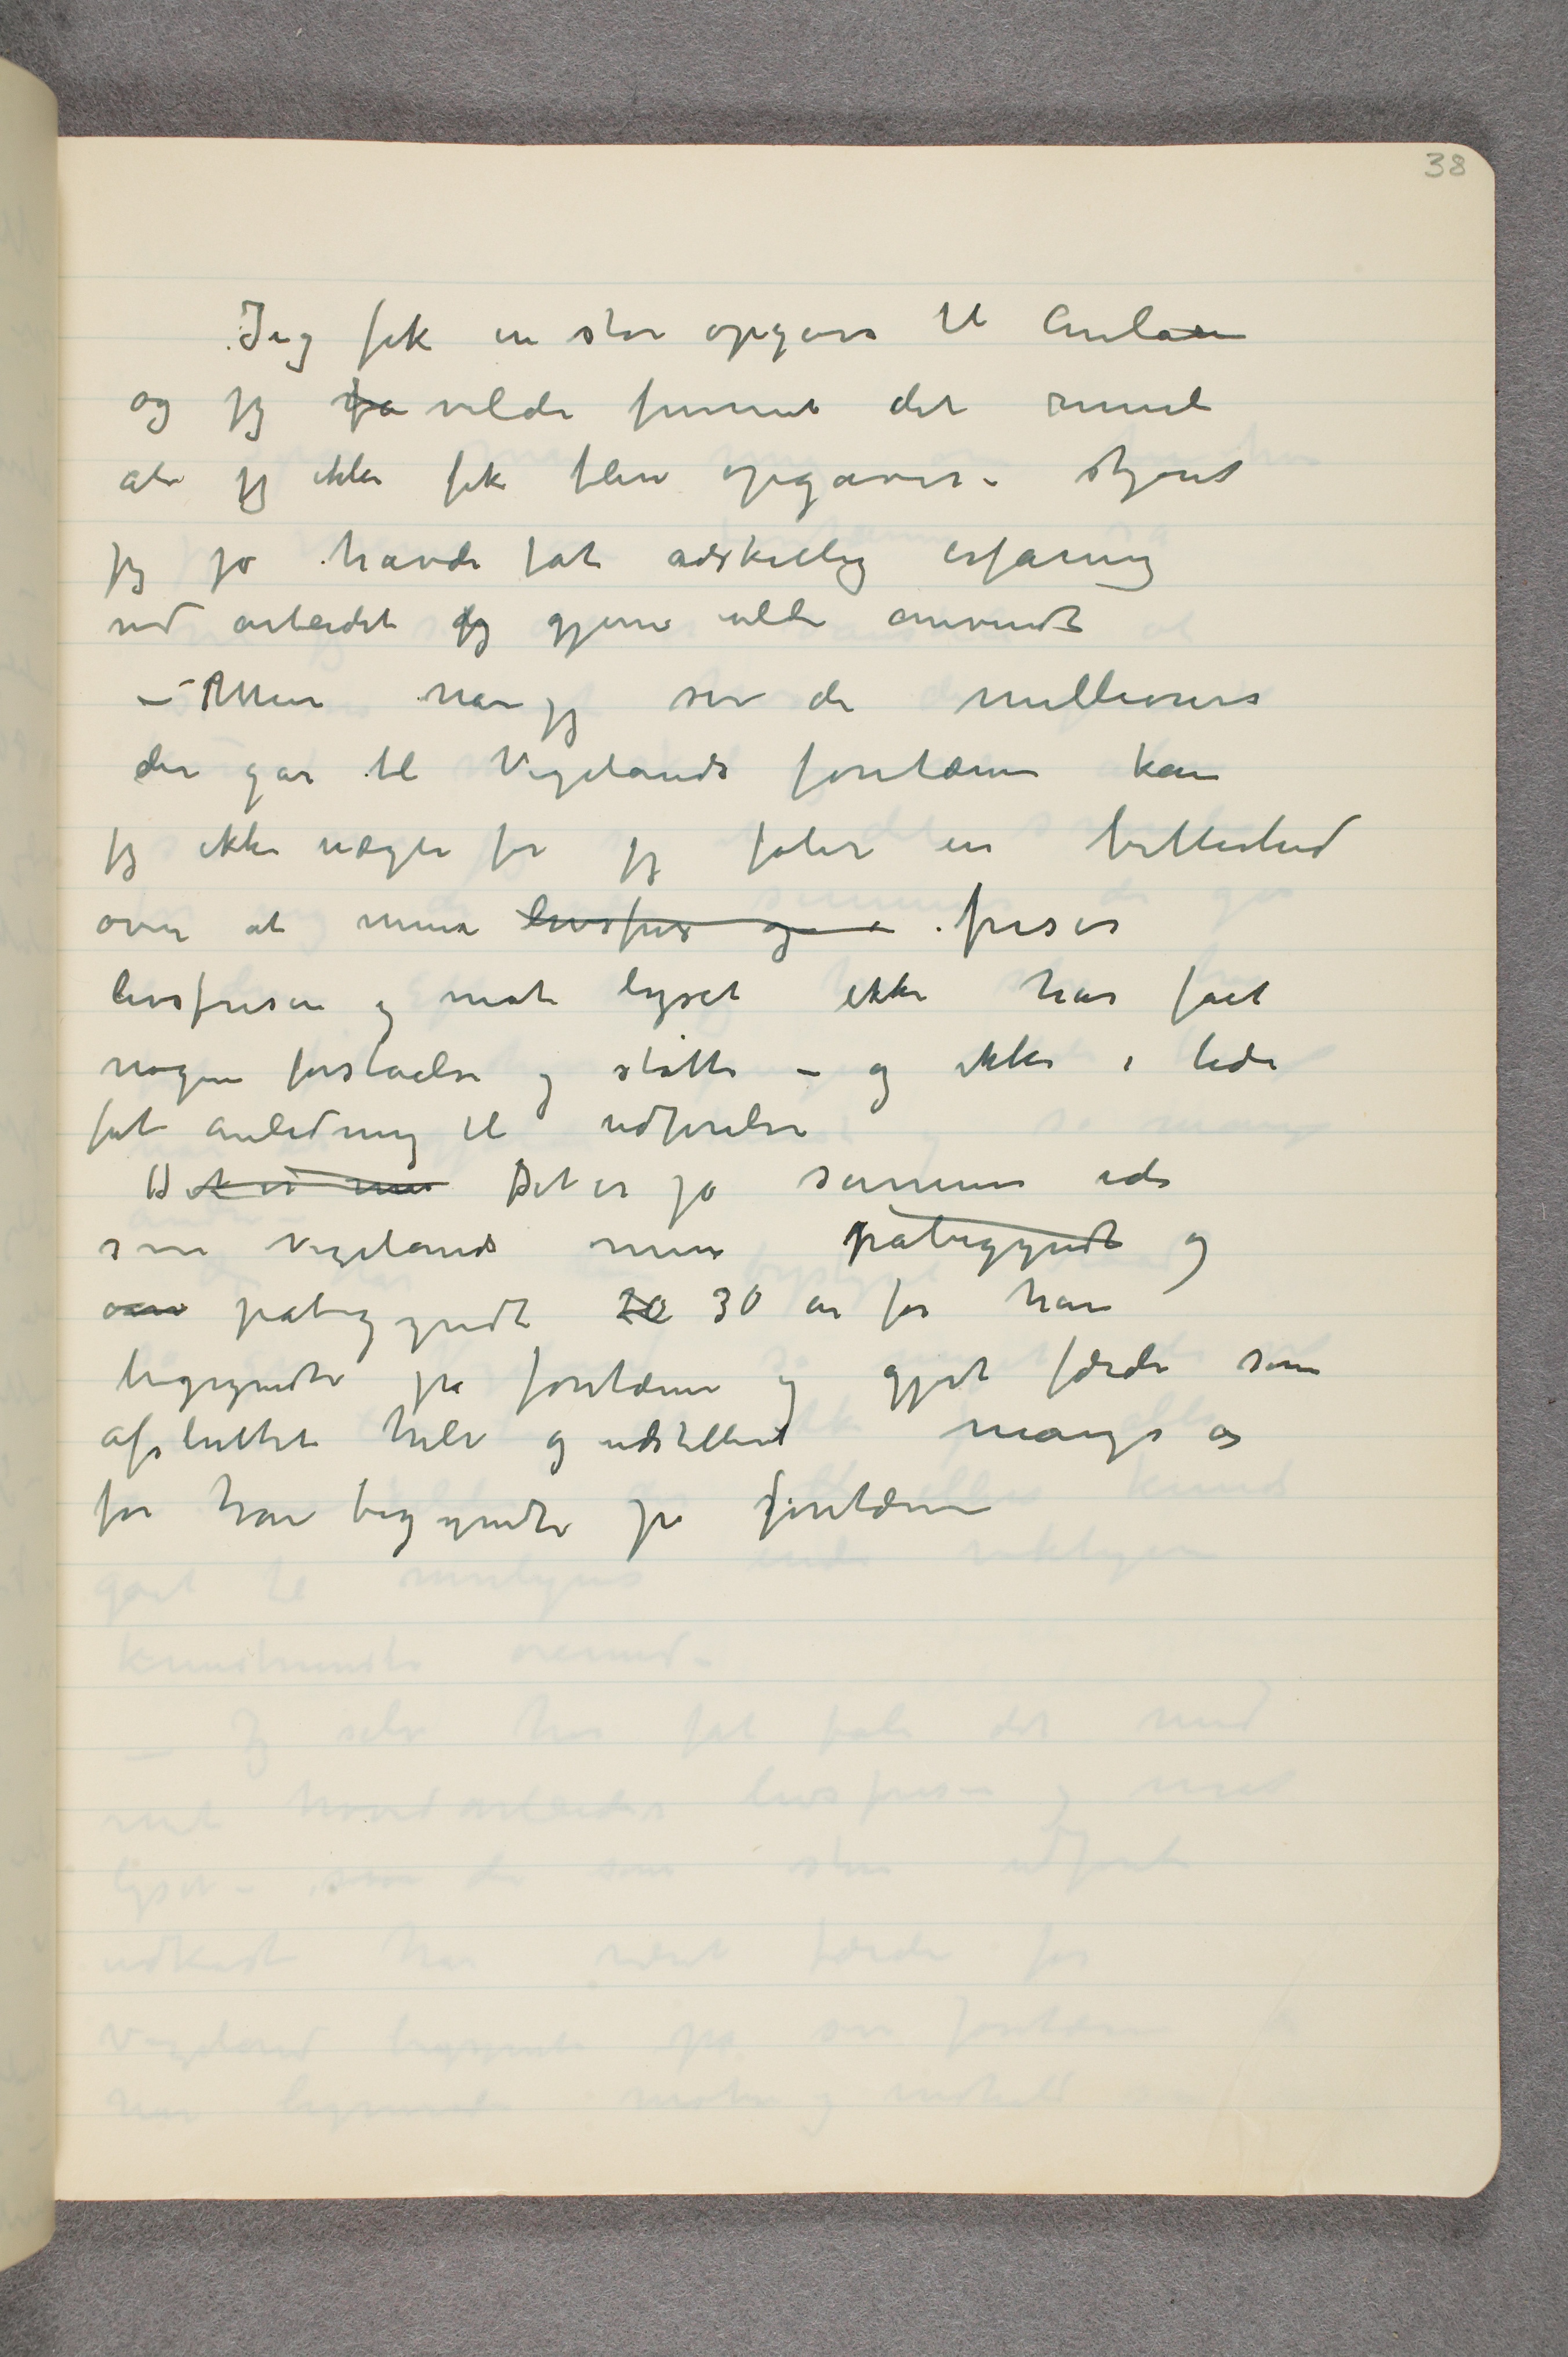
Jeg fik en stor opgave til Aulaen
og jeg fa vilde funnet det rimeli
at jeg ikke fik flere opgaver – skjønt
jeg jo havde fåt adskillig erfaring
med arbeidet jeg gjerne vilde anvendt
– Men når jeg ser de millioner
der går til Vigelands fontæne kan
jeg ikke nægte for jeg føler en bitterhed
over at mine livsfris og  …  friser
livsfrisen og mot lyset ikke har fået
nogen forståelse og støtte – og ikke i tide
fåt anledning til udførelse
Det vi må Det er jo samme ide
som Vigelands men påbegyndt og
om påbegyndt 20 30 år før han
begyndte på fontænen og gjort færdi som
afsluttet hele og udstillet mange år
før han begyndte på fontænen